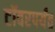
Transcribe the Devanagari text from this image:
टॉवरपर्यंत